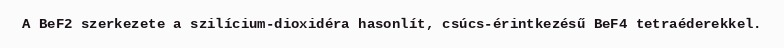
A BeF2 szerkezete a szilícium-dioxidéra hasonlít, csúcs-érintkezésű BeF4 tetraéderekkel.